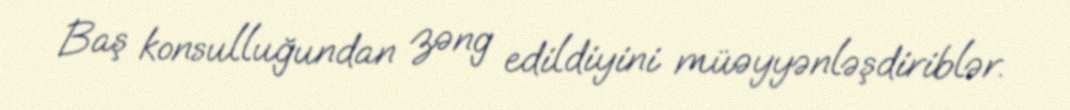
Baş konsulluğundan zəng edildiyini müəyyənləşdiriblər.